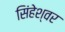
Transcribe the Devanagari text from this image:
सिंहेश्वर